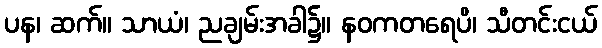
ပန၊ ဆက်။ သာယံ၊ ညချမ်းအခါ၌။ နဝကတရေပိ၊ သီတင်းငယ်